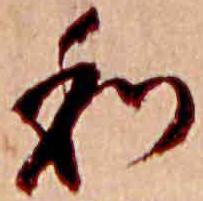
和